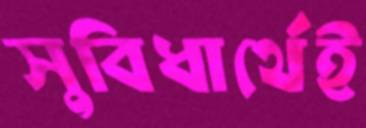
সুবিধার্থেই